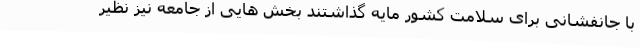
با جانفشانی برای سلامت کشور مایه گذاشتند بخش هایی از جامعه نیز نظیر